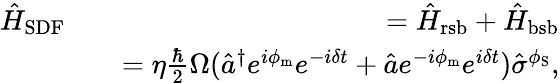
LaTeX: \begin{array}{rlr}{\hat{H}_{\mathrm{SDF}}}&{}&{=\hat{H}_{\mathrm{rsb}}+\hat{H}_{\mathrm{bsb}}}\\ &{}&{=\eta\frac{\hbar}{2}\Omega(\hat{a}^{\dagger}e^{i\phi_{\mathrm{m}}}e^{-i\delta t}+\hat{a}e^{-i\phi_{\mathrm{m}}}e^{i\delta t})\hat{\sigma}^{\phi_{\mathrm{S}}},}\end{array}